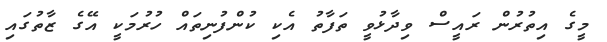
މީގެ އިތުރުން ރައީސް ވިދާޅުވީ ތަފާތު އެކި ކުންފުނިތައް ހުރުމަކީ އޭގެ ޒާތުގައި